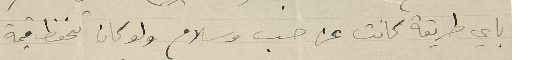
باي طريقة كانت عن حب وسلام ولو كان تحفظ قيمة